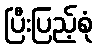
ပြီးပြည့်စုံ